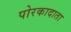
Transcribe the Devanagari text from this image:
पोरकादाता